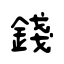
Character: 錢